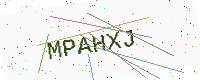
Text: MPAHXJ